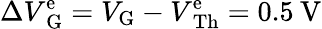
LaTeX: \Delta V\mathrm{_G^{e}}=V_{\mathrm{G}}-V\mathrm{^e_{Th}}=0.5\: \mathrm{V}